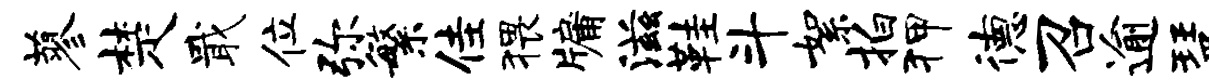
蓼楚戢位弥繁佳猥牖滋鞋斗絮拍狎德召逾琶